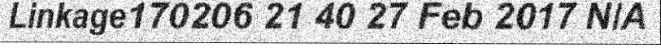
Linkage170206 21 40 27 Feb 2017 N/A